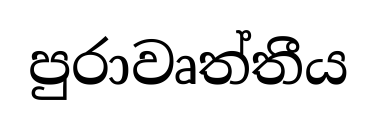
පුරාවෘත්තීය